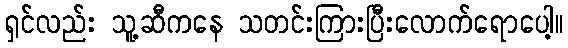
ရှင်လည်း သူ့ဆီကနေ သတင်းကြားပြီးလောက်ရောပေါ့။